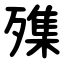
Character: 㱷